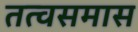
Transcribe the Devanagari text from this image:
तत्वसमास